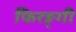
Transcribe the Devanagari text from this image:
फिरङ्गी